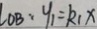
\angle O B : y _ { 1 } = k _ { 1 } x